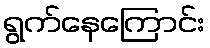
ရွက်နေကြောင်း